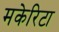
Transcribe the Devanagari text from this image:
मकेरिटा